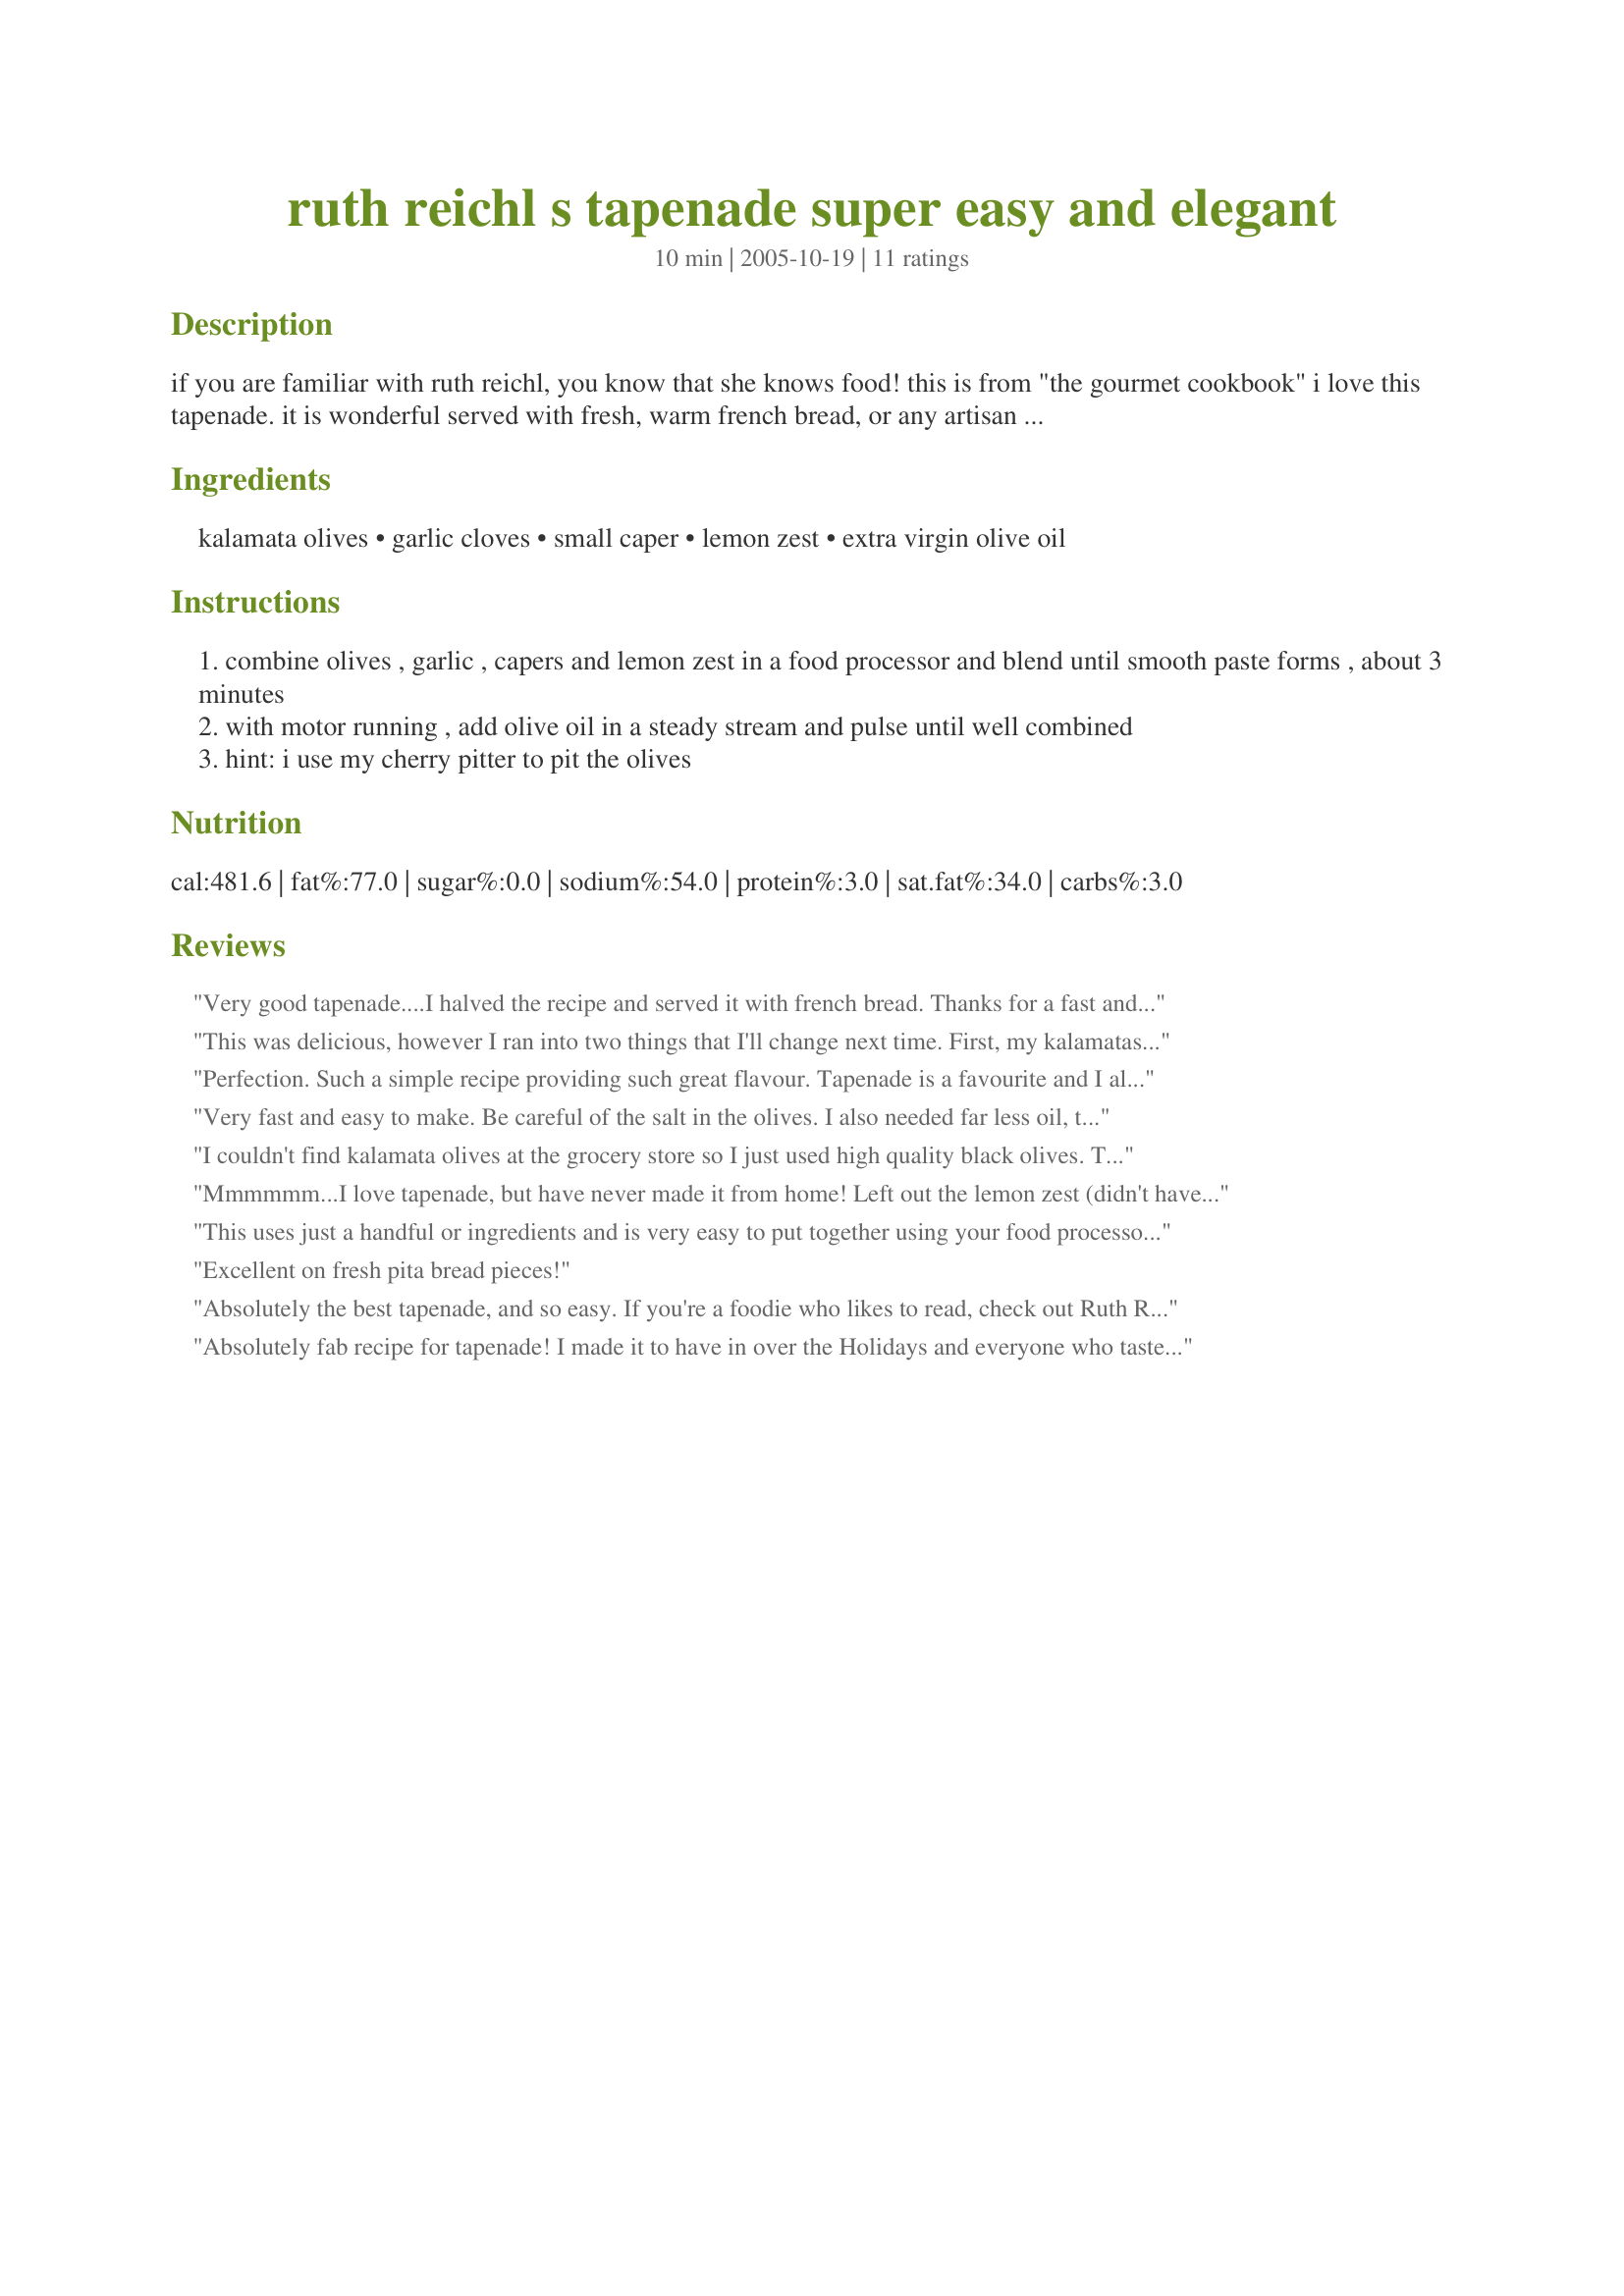
ruth reichl s tapenade super easy and elegant
Preparation time: 10 minutes

if you are familiar with ruth reichl, you know that she knows food! this is from "the gourmet cookbook" i love this tapenade. it is wonderful served with fresh, warm french bread, or any artisan bread. very impressive for dinner guests! this keeps in the fridge for up to 2 weeks.

Ingredients:
kalamata olives, garlic cloves, small caper, lemon zest, extra virgin olive oil

Steps:
combine olives , garlic , capers and lemon zest in a food processor and blend until smooth paste forms , about 3 minutes
with motor running , add olive oil in a steady stream and pulse until well combined
hint: i use my cherry pitter to pit the olives

Reviews:
Very good tapenade....I halved the recipe and served it with french bread. Thanks for a fast and easy appetizer !
This was delicious, however I ran into two things that I'll change next time. First, my kalamatas were so briny that they made the tapenade far too salty. I recommend soaking the olives in water for a half hour to draw out some salt if you have very briny kalamata olives. (Taste them first and see!)

Second, 3 garlic cloves is a little much for me. I usually go with 1 or 2 small cloves.

Finally, I don't use a processor for this. I use a large mortar and pestle. It makes for a chunkier tapenade, and gets you exercise too!
Perfection. Such a simple recipe providing such great flavour. Tapenade is a favourite and I always have a jar of some version in the fridge - this is definitely one of the best and it gets its 5th star for its simplicity. I made up a half batch using 2 garlic cloves and served it with toasted baguette slices as an appetizer for Sunday dinner. It is a good thing to have on hand. Wonderful to stir some into a soup or make a quickie pasta supper with. This goes into the keeper file.
Very fast and easy to make. Be careful of the salt in the olives. I also needed far less oil, the full amount would have had it swimming in oil. Literally took less than 5 minutes and that includes cleaning the food processor.
I couldn't find kalamata olives at the grocery store so I just used high quality black olives. This was really good, though I did add some salt toward the end. Great recipe!
Mmmmmm...I love tapenade, but have never made it from home! Left out the lemon zest (didn't have any) but don't think we missed it. Also, used far less EVOO (just added until it was moistened enough. So delicious!
This uses just a handful or ingredients and is very easy to put together using your food processor. The lemon gives this tapendade a fresh flavor. Thank you Nick's Mom!
Excellent on fresh pita bread pieces!
Absolutely the best tapenade, and so easy. If you're a foodie who likes to read, check out Ruth Reichl's books. Stories of her mom's cooking in Tender at the Bone are hilarious, and her experiences - and disguises - as a restaurant critic in Garlic and Sapphires are fascinating. Thanks for posting this recipe - it really can't be beat.
Absolutely fab recipe for tapenade! I made it to have in over the Holidays and everyone who tasted it wanted the recipe. So easy to put together, it will be made often.
I made it exactly as called for...wouldn't change a thing.
Thanks Nick's Mom!
M.
Great recipe and so easy to make.The jar is already empty so I will make another batch.Good to have on hand.Thanks for sharing!
Rita
